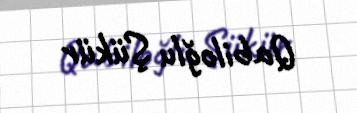
Qabiloğlu Şükür